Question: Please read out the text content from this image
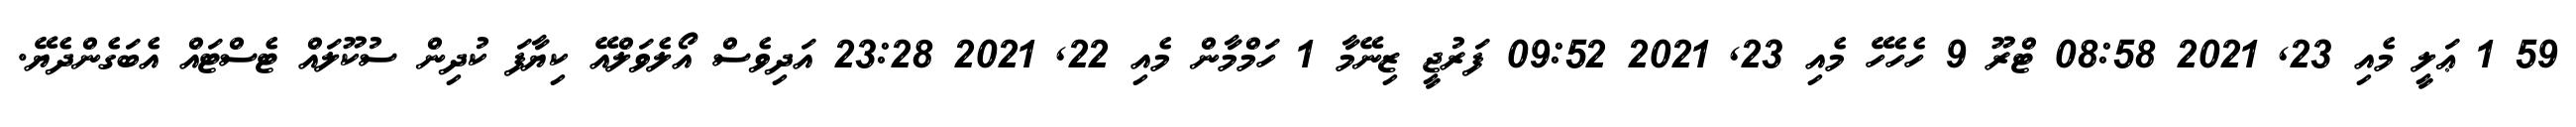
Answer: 59 1 ޢަލީ މެއި 23, 2021 08:58 ޓްރޫ 9 ހެހެހޭ މެއި 23, 2021 09:52 ފަރުޖީ ޒިނޭމާ 1 ހަމްމާން މެއި 22, 2021 23:28 އަދިވެސް އޯލެވަލްއޭ ކިޔާފަ ކުދިން ސުކޫލައް ޓެސްޓައް އެބަގެންދެޔޭ.